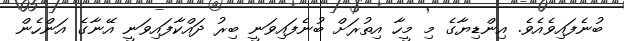
ބުނެފައިވެއެވެ. އިންޑިޔާގެ މި މީހާ އިތުރަށް ބުނެފައިވަނީ ބިރު ދައްކާފައިވަނީ އޭނާގެ އަންހެން